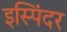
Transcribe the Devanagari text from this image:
इस्पिंदर